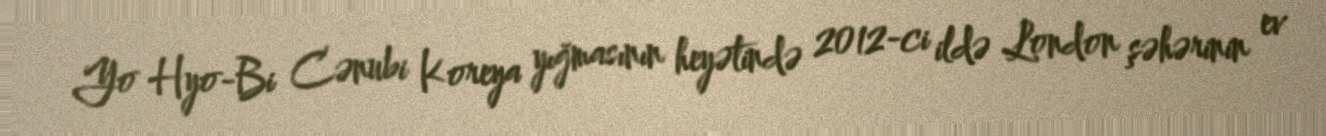
Yo Hyo-Bi Cənubi Koreya yığmasının heyətində 2012-ci ildə London şəhərinin ev